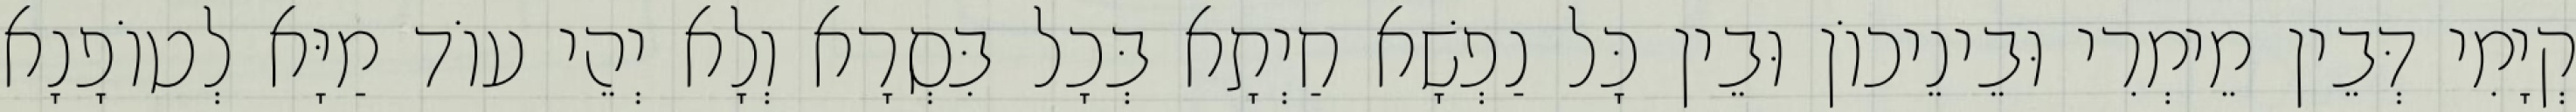
קְיָמִי דְּבֵין מֵימְרִי וּבֵינֵיכוֹן וּבֵין כָּל נַפְשָׁא חַיְתָא בְּכָל בִּסְרָא וְלָא יְהֵי עוֹד מַיָּא לְטוֹפָנָא